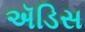
ઍડિસ